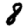
Digit: 8